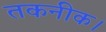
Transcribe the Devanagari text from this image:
तकनीक।